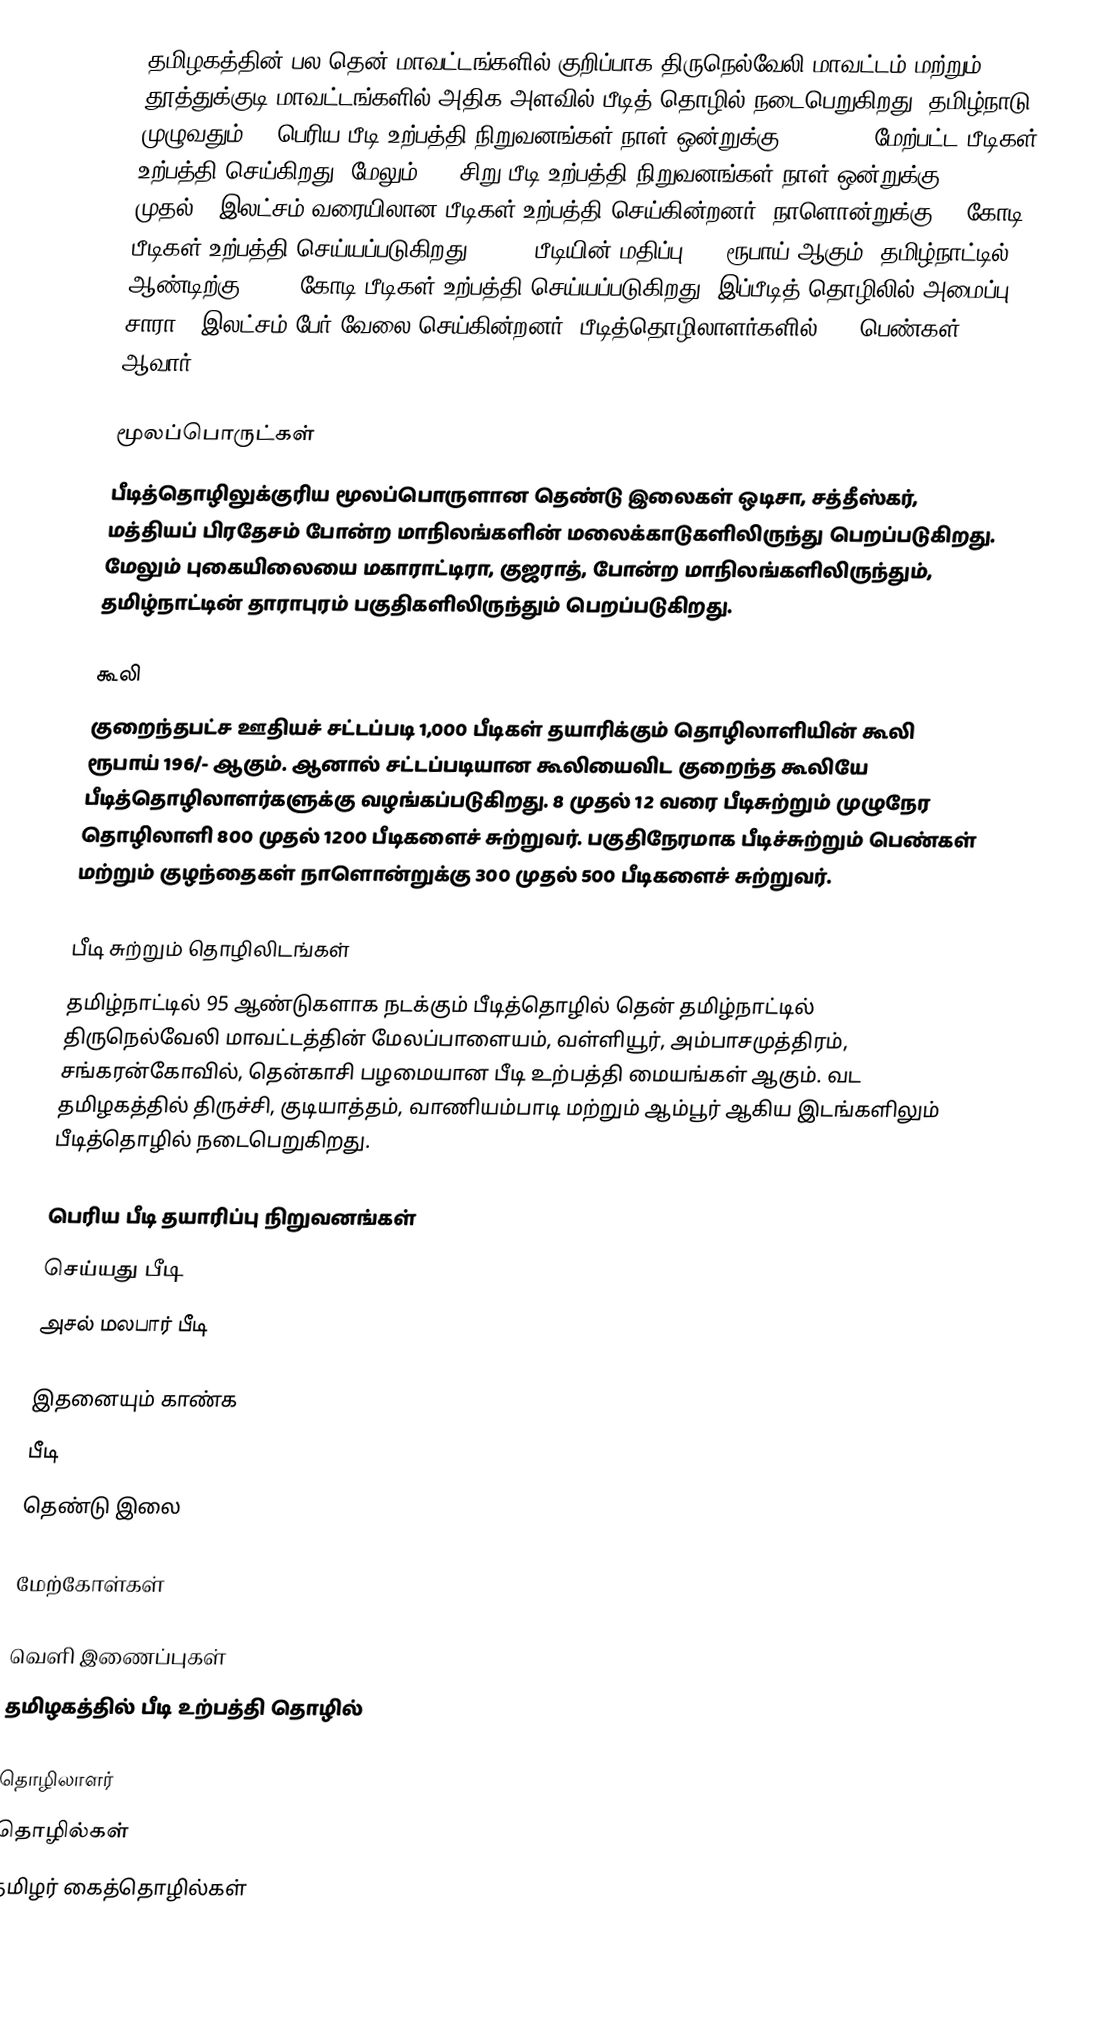
தமிழகத்தின் பல தென் மாவட்டங்களில் குறிப்பாக திருநெல்வேலி மாவட்டம் மற்றும் தூத்துக்குடி மாவட்டங்களில் அதிக அளவில்  பீடித் தொழில் நடைபெறுகிறது. தமிழ்நாடு முழுவதும் 75 பெரிய பீடி உற்பத்தி நிறுவனங்கள் நாள் ஒன்றுக்கு 50,00,000 மேற்பட்ட பீடிகள் உற்பத்தி செய்கிறது. மேலும் 500 சிறு பீடி உற்பத்தி நிறுவனங்கள் நாள் ஒன்றுக்கு 50,000 முதல்  5 இலட்சம் வரையிலான பீடிகள் உற்பத்தி செய்கின்றனர். நாளொன்றுக்கு 50 கோடி பீடிகள் உற்பத்தி செய்யப்படுகிறது. 1,000 பீடியின் மதிப்பு 250 ரூபாய் ஆகும். தமிழ்நாட்டில் ஆண்டிற்கு 4,000 கோடி பீடிகள் உற்பத்தி செய்யப்படுகிறது. இப்பீடித் தொழிலில் அமைப்பு சாரா 5 இலட்சம் பேர் வேலை செய்கின்றனர். பீடித்தொழிலாளர்களில் 90% பெண்கள் ஆவார்.

மூலப்பொருட்கள்
பீடித்தொழிலுக்குரிய மூலப்பொருளான தெண்டு இலைகள் ஒடிசா, சத்தீஸ்கர், மத்தியப் பிரதேசம் போன்ற மாநிலங்களின் மலைக்காடுகளிலிருந்து பெறப்படுகிறது. மேலும் புகையிலையை மகாராட்டிரா, குஜராத், போன்ற மாநிலங்களிலிருந்தும், தமிழ்நாட்டின் தாராபுரம் பகுதிகளிலிருந்தும் பெறப்படுகிறது.

கூலி
குறைந்தபட்ச ஊதியச் சட்டப்படி 1,000 பீடிகள் தயாரிக்கும் தொழிலாளியின் கூலி ரூபாய் 196/- ஆகும். ஆனால் சட்டப்படியான கூலியைவிட  குறைந்த கூலியே பீடித்தொழிலாளர்களுக்கு வழங்கப்படுகிறது.  8 முதல் 12 வரை பீடிசுற்றும் முழுநேர தொழிலாளி 800 முதல் 1200 பீடிகளைச் சுற்றுவர். பகுதிநேரமாக பீடிச்சுற்றும் பெண்கள் மற்றும் குழந்தைகள் நாளொன்றுக்கு 300 முதல் 500 பீடிகளைச் சுற்றுவர்.

பீடி சுற்றும் தொழிலிடங்கள்
தமிழ்நாட்டில் 95 ஆண்டுகளாக நடக்கும் பீடித்தொழில் தென் தமிழ்நாட்டில் திருநெல்வேலி மாவட்டத்தின் மேலப்பாளையம், வள்ளியூர், அம்பாசமுத்திரம், சங்கரன்கோவில், தென்காசி பழமையான பீடி உற்பத்தி மையங்கள் ஆகும். வட தமிழகத்தில்  திருச்சி, குடியாத்தம், வாணியம்பாடி மற்றும்  ஆம்பூர் ஆகிய இடங்களிலும் பீடித்தொழில் நடைபெறுகிறது.

பெரிய பீடி தயாரிப்பு நிறுவனங்கள்
 செய்யது பீடி
 அசல் மலபார் பீடி

இதனையும் காண்க
 பீடி
 தெண்டு இலை

மேற்கோள்கள்

வெளி இணைப்புகள்
  தமிழகத்தில் பீடி உற்பத்தி தொழில்

தொழிலாளர்
தொழில்கள்
தமிழர் கைத்தொழில்கள்